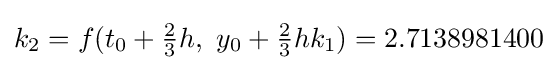
k_{2}=f(t_{0}+{\tfrac {2}{3}}h,\ y_{0}+{\tfrac {2}{3}}hk_{1})=2.7138981400